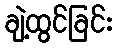
ချဲ့ထွင်ခြင်း